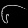
Digit: ၆